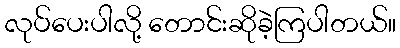
လုပ်ပေးပါလို့ တောင်းဆိုခဲ့ကြပါတယ်။